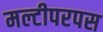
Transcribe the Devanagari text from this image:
मल्टीपरपस